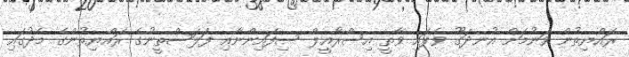
ރައްޔިތުން ވަނުމަށް އުނދަގޫ ވެފައި ވާތީ އިސްރާއީލް ސިފައިންނާއި ފަލަސްތީނުގެ ރައްޔިތުންގެ މެދުގައި